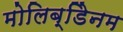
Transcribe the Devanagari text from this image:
मोलिब्डेिनम